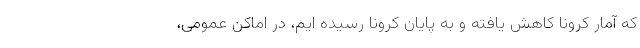
که آمار کرونا کاهش یافته و به پایان کرونا رسیده ایم، در اماکن عمومی،